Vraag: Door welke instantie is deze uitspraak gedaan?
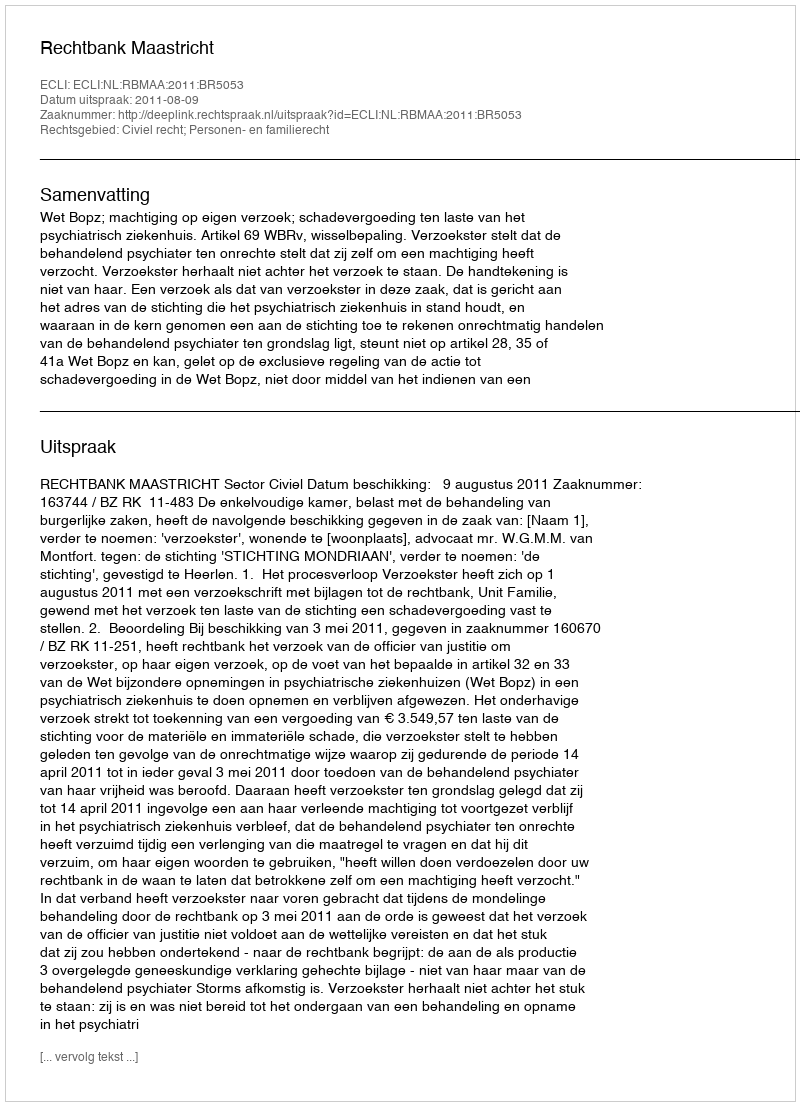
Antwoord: Rechtbank Maastricht